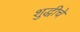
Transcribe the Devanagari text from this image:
शुद्धीचे